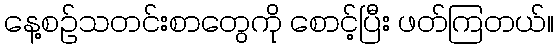
နေ့စဉ်သတင်းစာတွေကို စောင့်ပြီး ဖတ်ကြတယ်။